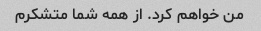
من خواهم کرد. از همه شما متشکرم